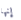
إنها